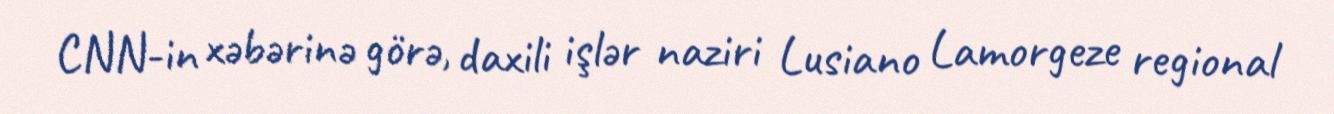
CNN-in xəbərinə görə, daxili işlər naziri Lusiano Lamorgeze regional